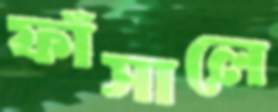
ফাঁসালে